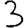
Digit: 3